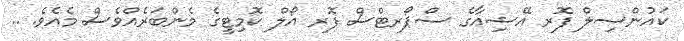
ކައުންސިލް ފޮރ އޭޝިއާގެ ސްޕޯރޓްސް ފޮރ އޯލް ކޮމިޓީގެ މެންބަރެއްވެސް މެއެވެ. ..